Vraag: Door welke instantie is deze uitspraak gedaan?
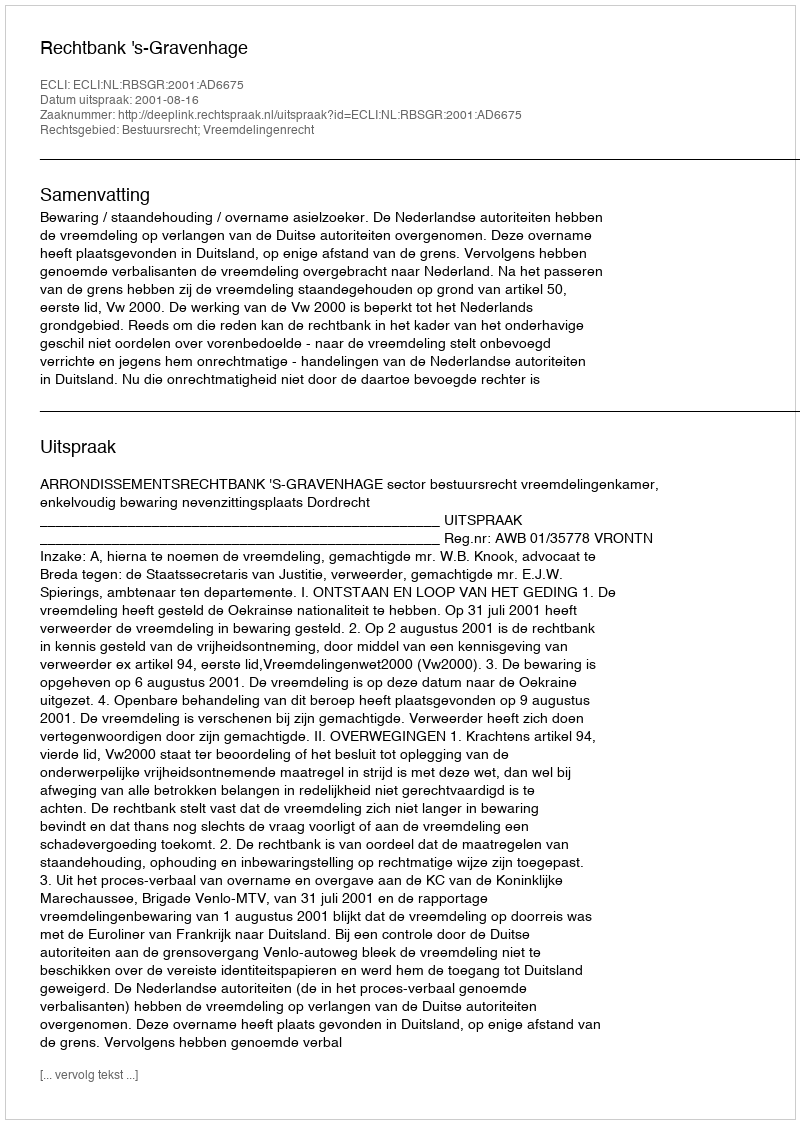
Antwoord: Rechtbank 's-Gravenhage